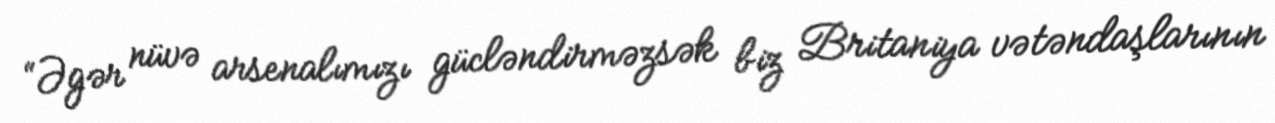
“Əgər nüvə arsenalımızı gücləndirməzsək biz Britaniya vətəndaşlarının